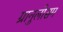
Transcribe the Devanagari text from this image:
ग्रानुलोसम